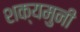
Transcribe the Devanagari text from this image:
शक्यमुनी